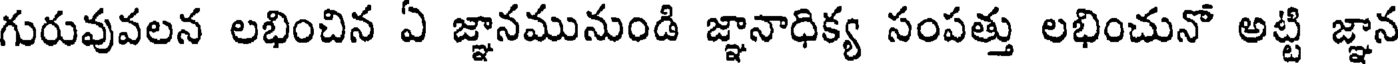
గురువువలన లభించిన ఏ జ్ఞానమునుండి జ్ఞానాధిక్య సంపత్తు లభించునో అట్టి జ్ఞాన